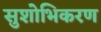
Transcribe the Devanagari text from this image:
सुशोभिकरण